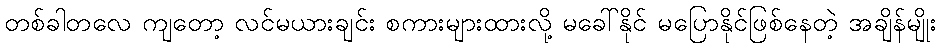
တစ်ခါတလေ ကျတော့ လင်မယားချင်း စကားများထားလို့ မခေါ်နိုင် မပြောနိုင်ဖြစ်နေတဲ့ အချိန်မျိုး